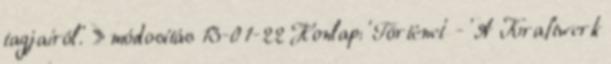
tagjairól.' » módosítás 13-01-22 Honlap: 'Történet' - 'A Kraftwerk